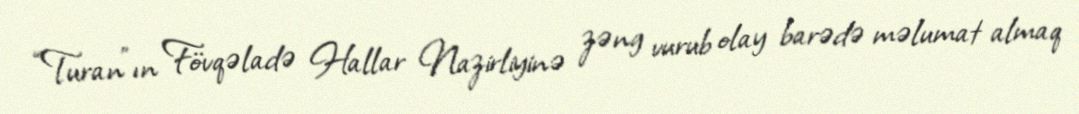
“Turan”ın Fövqəladə Hallar Nazirliyinə zəng vurub olay barədə məlumat almaq